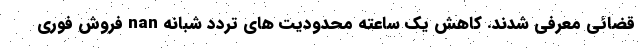
قضائی معرفی شدند. کاهش یک ساعته محدودیت های تردد شبانه nan فروش فوری